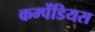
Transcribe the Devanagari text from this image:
कम्पेंडियस